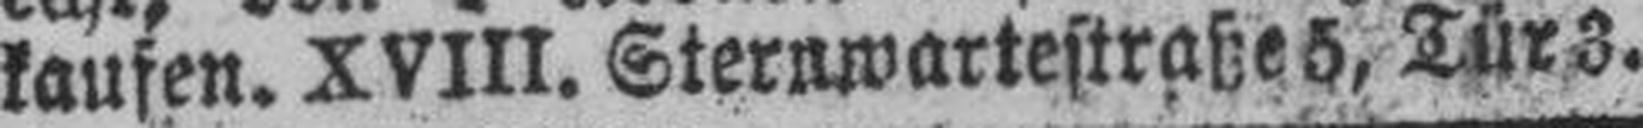
kaufen. XVIII. Sternwartestraße 5, Tür 3.